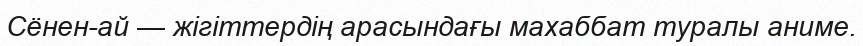
Сёнен-ай — жігіттердің арасындағы махаббат туралы аниме.